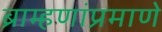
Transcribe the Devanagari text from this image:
ब्राम्हणांप्रमाणे